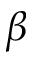
\beta